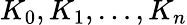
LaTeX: K_{0},K_{1},\ldots,K_{n}